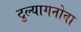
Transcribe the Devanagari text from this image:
टुल्यागनोवा